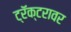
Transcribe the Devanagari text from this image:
ट्रॅक्टरावर